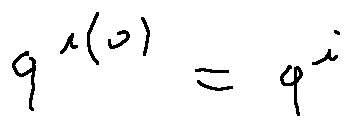
q ^ { i ( 0 ) } = q ^ { i }